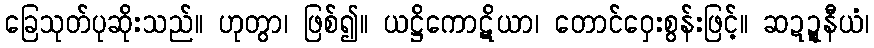
ခြေသုတ်ပုဆိုးသည်။ ဟုတွာ၊ ဖြစ်၍။ ယဋ္ဌိကောဋိယာ၊ တောင်ဝှေးစွန်းဖြင့်။ ဆဍ္ဍနီယံ၊